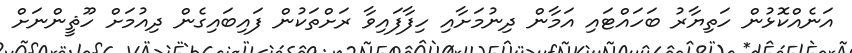
އަނެއްކޮޅުން ހަތިޔާރު ބަހައްޓައި އަމާން ދިނުމަށާއި ހިފާފައިވާ ރަށްތަކުން ފައިބައިގެން ދިއުމަށް ހޫޘީންނަށް